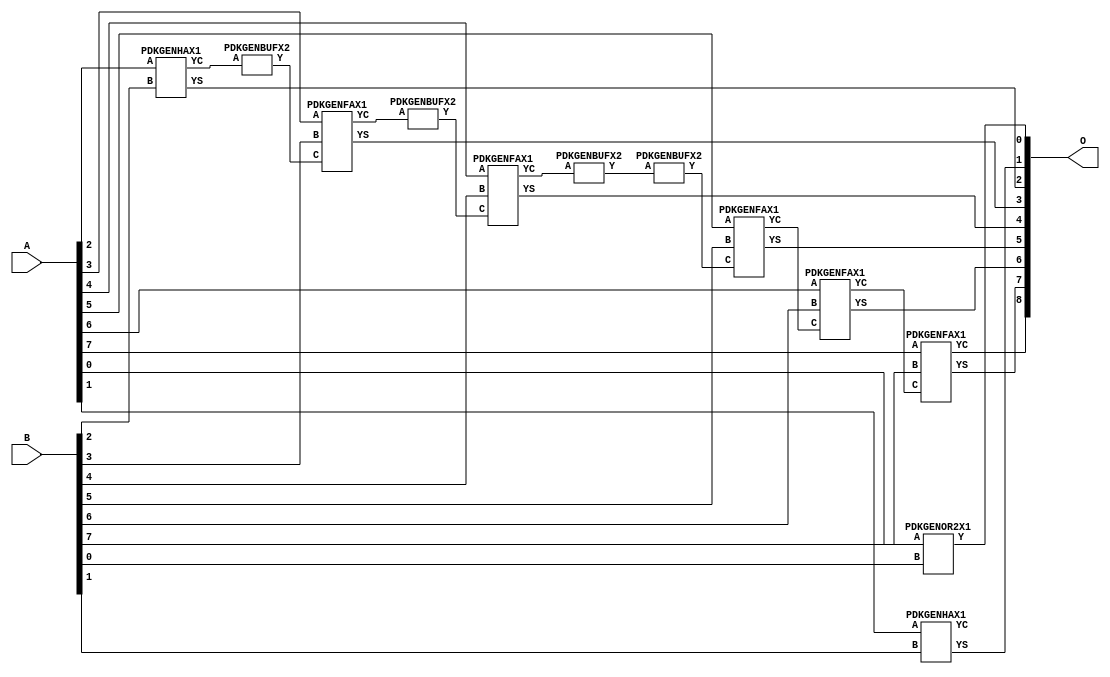
// Library = EvoApprox8b
// Circuit = add8_306
// Area   (180) = 888
// Delay  (180) = 1.460
// Power  (180) = 296.80
// Area   (45) = 66
// Delay  (45) = 0.570
// Power  (45) = 27.59
// Nodes = 12
// HD = 81536
// MAE = 1.25000
// MSE = 4.75000
// MRE = 0.67 %
// WCE = 5
// WCRE = 100 %
// EP = 43.8 %

module add8_306(A, B, O);
  input [7:0] A;
  input [7:0] B;
  output [8:0] O;
  wire [2031:0] N;

  assign N[0] = A[0];
  assign N[1] = A[0];
  assign N[2] = A[1];
  assign N[3] = A[1];
  assign N[4] = A[2];
  assign N[5] = A[2];
  assign N[6] = A[3];
  assign N[7] = A[3];
  assign N[8] = A[4];
  assign N[9] = A[4];
  assign N[10] = A[5];
  assign N[11] = A[5];
  assign N[12] = A[6];
  assign N[13] = A[6];
  assign N[14] = A[7];
  assign N[15] = A[7];
  assign N[16] = B[0];
  assign N[17] = B[0];
  assign N[18] = B[1];
  assign N[19] = B[1];
  assign N[20] = B[2];
  assign N[21] = B[2];
  assign N[22] = B[3];
  assign N[23] = B[3];
  assign N[24] = B[4];
  assign N[25] = B[4];
  assign N[26] = B[5];
  assign N[27] = B[5];
  assign N[28] = B[6];
  assign N[29] = B[6];
  assign N[30] = B[7];
  assign N[31] = B[7];

  PDKGENOR2X1 n76(.A(N[0]), .B(N[16]), .Y(N[76]));
  PDKGENHAX1 n82(.A(N[2]), .B(N[18]), .YS(N[82]), .YC(N[83]));
  PDKGENHAX1 n132(.A(N[4]), .B(N[20]), .YS(N[132]), .YC(N[133]));
  PDKGENBUFX2 n174(.A(N[133]), .Y(N[174]));
  PDKGENFAX1 n182(.A(N[6]), .B(N[22]), .C(N[174]), .YS(N[182]), .YC(N[183]));
  PDKGENBUFX2 n208(.A(N[183]), .Y(N[208]));
  PDKGENFAX1 n232(.A(N[8]), .B(N[24]), .C(N[208]), .YS(N[232]), .YC(N[233]));
  PDKGENBUFX2 n248(.A(N[233]), .Y(N[248]));
  PDKGENBUFX2 n268(.A(N[248]), .Y(N[268]));
  assign N[269] = N[268];
  PDKGENFAX1 n282(.A(N[10]), .B(N[26]), .C(N[269]), .YS(N[282]), .YC(N[283]));
  PDKGENFAX1 n332(.A(N[12]), .B(N[28]), .C(N[283]), .YS(N[332]), .YC(N[333]));
  PDKGENFAX1 n382(.A(N[14]), .B(N[30]), .C(N[333]), .YS(N[382]), .YC(N[383]));

  assign O[0] = N[76];
  assign O[1] = N[82];
  assign O[2] = N[132];
  assign O[3] = N[182];
  assign O[4] = N[232];
  assign O[5] = N[282];
  assign O[6] = N[332];
  assign O[7] = N[382];
  assign O[8] = N[383];

endmodule
/* mod */
module PDKGENOR2X1(input A, input B, output Y );
     assign Y = A | B;
endmodule
/* mod */
module PDKGENHAX1( input A, input B, output YS, output YC );
    assign YS = A ^ B;
    assign YC = A & B;
endmodule
/* mod */
module PDKGENFAX1( input A, input B, input C, output YS, output YC );
    assign YS = (A ^ B) ^ C;
    assign YC = (A & B) | (B & C) | (A & C);
endmodule
/* mod */
module PDKGENBUFX2(input A, output Y );
     assign Y = A;
endmodule